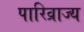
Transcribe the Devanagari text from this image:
पारिव्राज्य